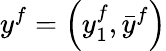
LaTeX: y^{f}=\left(y_{1}^{f},{\bar{y}}^{f}\right)